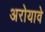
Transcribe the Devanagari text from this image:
अरोयावे